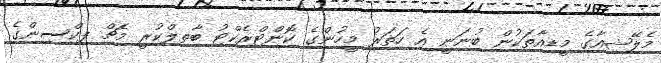
މެލޭޝިއާގެ މީޑިއާތަކުން ބުނަނީ އެ ހަތަރު މީހުންގެ ކޮންޓްރެކްޓު ބާތިލްކުރީ މެޗް ފިކްސިންގެ